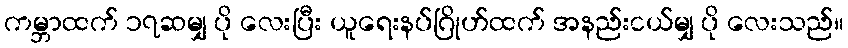
ကမ္ဘာထက် ၁၇ဆမျှ ပို လေးပြီး ယူရေးနပ်ဂြိုဟ်ထက် အနည်းငယ်မျှ ပို လေးသည်။